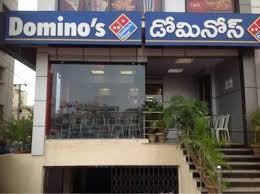
Language: telugu
Transcription: డోమినోస్